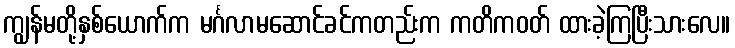
ကျွန်မတို့နှစ်ယောက်က မင်္ဂလာမဆောင်ခင်ကတည်းက ကတိကဝတ် ထားခဲ့ကြပြီးသားလေ။